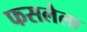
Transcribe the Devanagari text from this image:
फसलेला